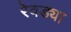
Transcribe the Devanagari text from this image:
रेवड्या